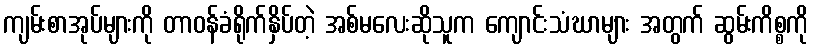
ကျမ်းစာအုပ်များကို တာဝန်ခံရိုက်နှိပ်တဲ့ အစ်မလေးဆိုသူက ကျောင်းသံဃာများ အတွက် ဆွမ်းကိစ္စကို